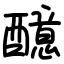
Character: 醷